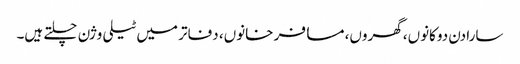
سارا دن دوکانوں، گھروں، مسافر خانوں، دفاتر میں ٹیلی وژن چلتے ہیں۔